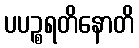
ပပဉ္စရတိနောတိ